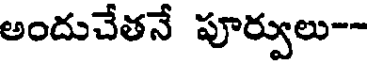
అందుచేతనే పూర్వులు--